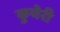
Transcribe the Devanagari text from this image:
कुचेरी